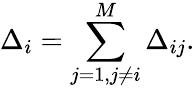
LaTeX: \Delta_{i}=\sum_{j=1,j\ne i}^{M}\Delta_{ij}.